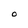
Character: O